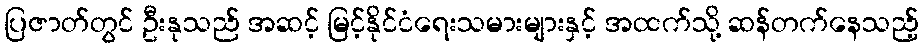
ပြဇာတ်တွင် ဦးနုသည် အဆင့် မြင့်နိုင်ငံရေးသမားများနှင့် အထက်သို့ ဆန်တက်နေသည့်